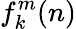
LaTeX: f_{k}^{m}(n)